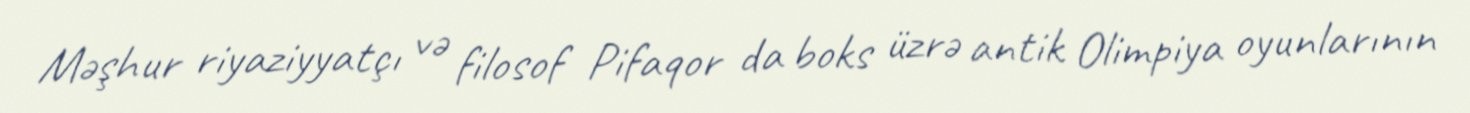
Məşhur riyaziyyatçı və filosof Pifaqor da boks üzrə antik Olimpiya oyunlarının